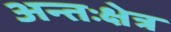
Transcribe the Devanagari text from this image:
अन्तःक्षेत्र